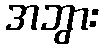
အဘွား